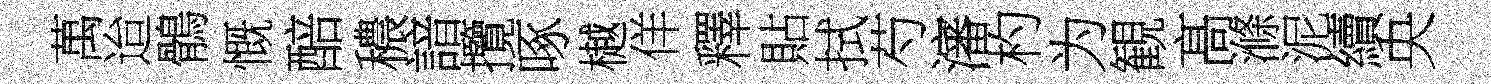
萬迨鶻慨醅穠諳攬啄樾佯釋貼拭芍瀋杓为観髙滌泥續央